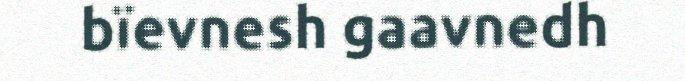
bïevnesh gaavnedh